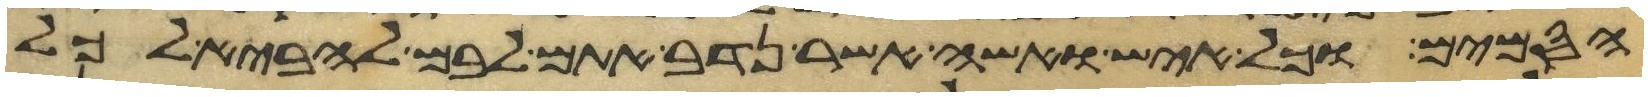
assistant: הסמים וכל איש ואשה אשר נדב אתם לבם להביא לכל